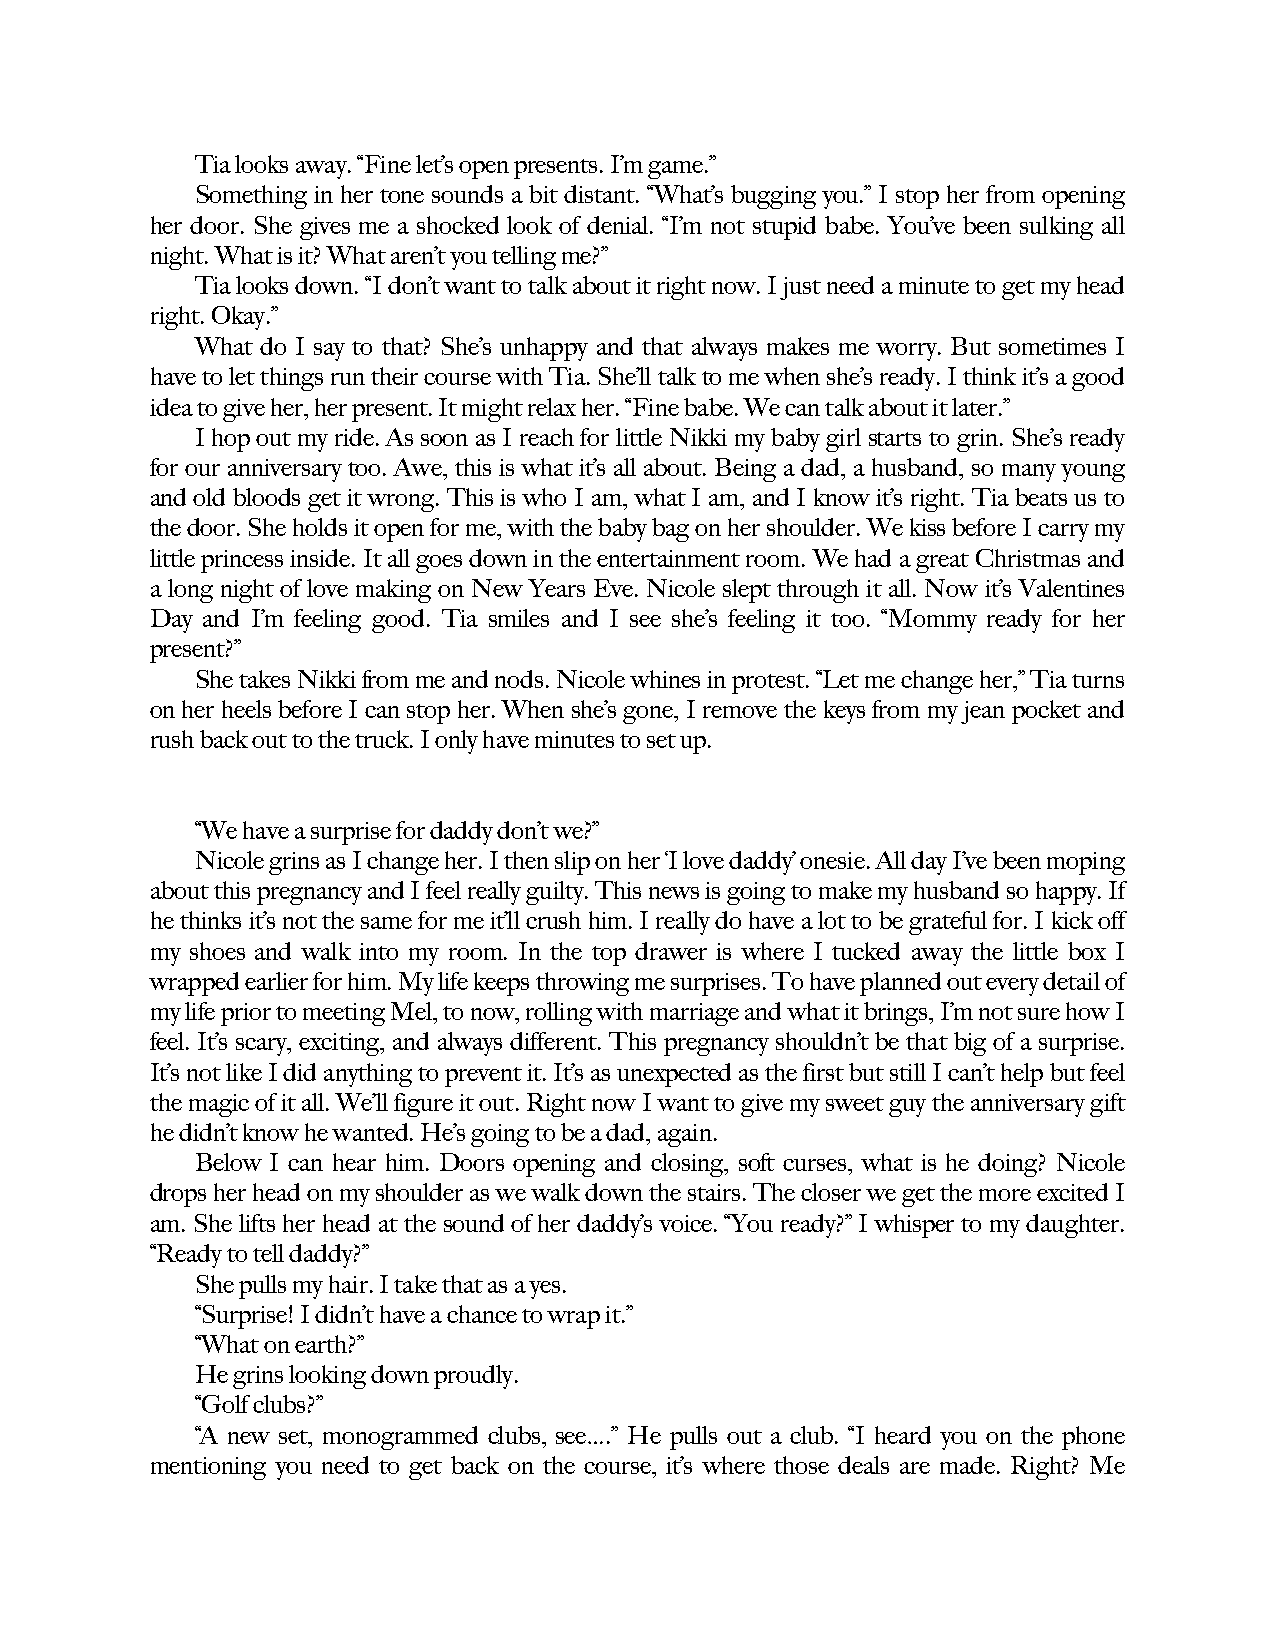
Tia looks away. “Fine let’s open presents. I’m game.”
 Something in her tone sounds a bit distant. “What’s bugging you.” I stop her from opening
 her door. She gives me a shocked look of denial. “I’m not stupid babe. You’ve been sulking all
 night. What is it? What aren’t you telling me?”
 Tia looks down. “I don’t want to talk about it right now. I just need a minute to get my head
 right. Okay.”
 What do I say to that? She’s unhappy and that always makes me worry. But sometimes I
 have to let things run their course with Tia. She’ll talk to me when she’s ready. I think it’s a good
 idea to give her, her present. It might relax her. “Fine babe. We can talk about it later.”
 I hop out my ride. As soon as I reach for little Nikki my baby girl starts to grin. She’s ready
 for our anniversary too. Awe, this is what it’s all about. Being a dad, a husband, so many young
 and old bloods get it wrong. This is who I am, what I am, and I know it’s right. Tia beats us to
 the door. She holds it open for me, with the baby bag on her shoulder. We kiss before I carry my
 little princess inside. It all goes down in the entertainment room. We had a great Christmas and
 a long night of love making on New Years Eve. Nicole slept through it all. Now it’s Valentines
 Day and I’m feeling good. Tia smiles and I see she’s feeling it too. “Mommy ready for her
 present?”
 She takes Nikki from me and nods. Nicole whines in protest. “Let me change her,” Tia turns
 on her heels before I can stop her. When she’s gone, I remove the keys from my jean pocket and
 rush back out to the truck. I only have minutes to set up.
 “We have a surprise for daddy don’t we?”
 Nicole grins as I change her. I then slip on her ‘I love daddy’ onesie. All day I’ve been moping
 about this pregnancy and I feel really guilty. This news is going to make my husband so happy. If
 he thinks it’s not the same for me it’ll crush him. I really do have a lot to be grateful for. I kick off
 my shoes and walk into my room. In the top drawer is where I tucked away the little box I
 wrapped earlier for him. My life keeps throwing me surprises. To have planned out every detail of
 my life prior to meeting Mel, to now, rolling with marriage and what it brings, I’m not sure how I
 feel. It’s scary, exciting, and always different. This pregnancy shouldn’t be that big of a surprise.
 It’s not like I did anything to prevent it. It’s as unexpected as the first but still I can’t help but feel
 the magic of it all. We’ll figure it out. Right now I want to give my sweet guy the anniversary gift
 he didn’t know he wanted. He’s going to be a dad, again.
 Below I can hear him. Doors opening and closing, soft curses, what is he doing? Nicole
 drops her head on my shoulder as we walk down the stairs. The closer we get the more excited I
 am. She lifts her head at the sound of her daddy’s voice. “You ready?” I whisper to my daughter.
 “Ready to tell daddy?”
 She pulls my hair. I take that as a yes.
 “Surprise! I didn’t have a chance to wrap it.”
 “What on earth?”
 He grins looking down proudly.
 “Golf clubs?”
 “A new set, monogrammed clubs, see….” He pulls out a club. “I heard you on the phone
 mentioning you need to get back on the course, it’s where those deals are made. Right? Me